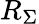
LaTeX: R_{\Sigma}